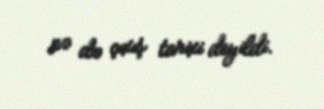
nə də çıxış tarixi deyildi.